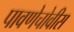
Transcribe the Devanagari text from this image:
पावणेचोवीस